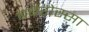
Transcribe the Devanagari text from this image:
बर्बरोस्सा